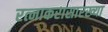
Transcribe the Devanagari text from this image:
रत्नाकरासारख्या